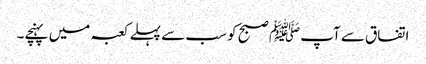
اتفاق سے آپﷺ صبح کو سب سے پہلے کعبہ میں پہنچے۔